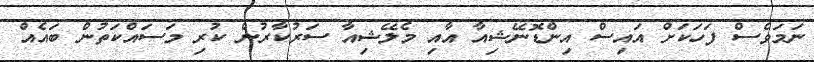
ނަމަވެސް ފަހަކަށް އައިސް އިންޑޮނޭޝިއާ އާއި މެލޭޝިއާ ސަރުކާރުން ކުރި މަސައްކަތުން ބައެއް